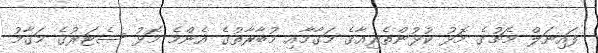
ފައިނަލް މެޗުގެ މޮޅު ކުޅުންތެރިއާގެ މަގާމާއި މުބާރާތުގެ އެންމެ މޮޅު ސެޓަރުގެ މަގާމު